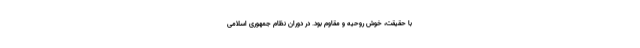
با حقیقت، خوش‌ روحیه‌ و مقاوم‌ بود. در دوران‌ نظام‌ جمهوری‌ اسلامی‌